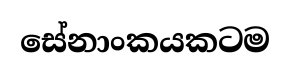
සේනාංකයකටම